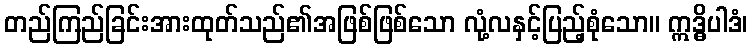
တည်ကြည်ခြင်းအားထုတ်သည်၏အဖြစ်ဖြစ်သော လုံ့လနှင့်ပြည့်စုံသော။ ဣဒ္ဓိပါဒံ၊